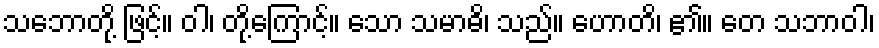
သဘောတို့ ဖြင့်။ ဝါ၊ တို့ကြောင့်။ သော သမာဓိ၊ သည်။ ဟောတိ၊ ၏။ တေ သဘာဝါ၊